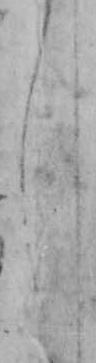
し